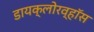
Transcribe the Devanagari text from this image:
डायक्लोरव्हॉस